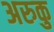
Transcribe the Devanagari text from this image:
अरुकु